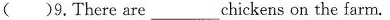
( )9.There are___chickens on the farm.